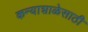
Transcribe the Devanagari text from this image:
कन्याशाळेसाठी